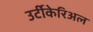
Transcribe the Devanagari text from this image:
उर्टीकेरिअल